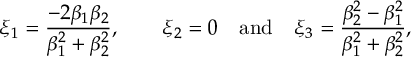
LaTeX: \xi _ { 1 } = \frac { - 2 \beta _ { 1 } \beta _ { 2 } } { \beta _ { 1 } ^ { 2 } + \beta _ { 2 } ^ { 2 } } , \qquad \xi _ { 2 } = 0 \quad \mathrm { a n d \quad } \xi _ { 3 } = \frac { \beta _ { 2 } ^ { 2 } - \beta _ { 1 } ^ { 2 } } { \beta _ { 1 } ^ { 2 } + \beta _ { 2 } ^ { 2 } } ,